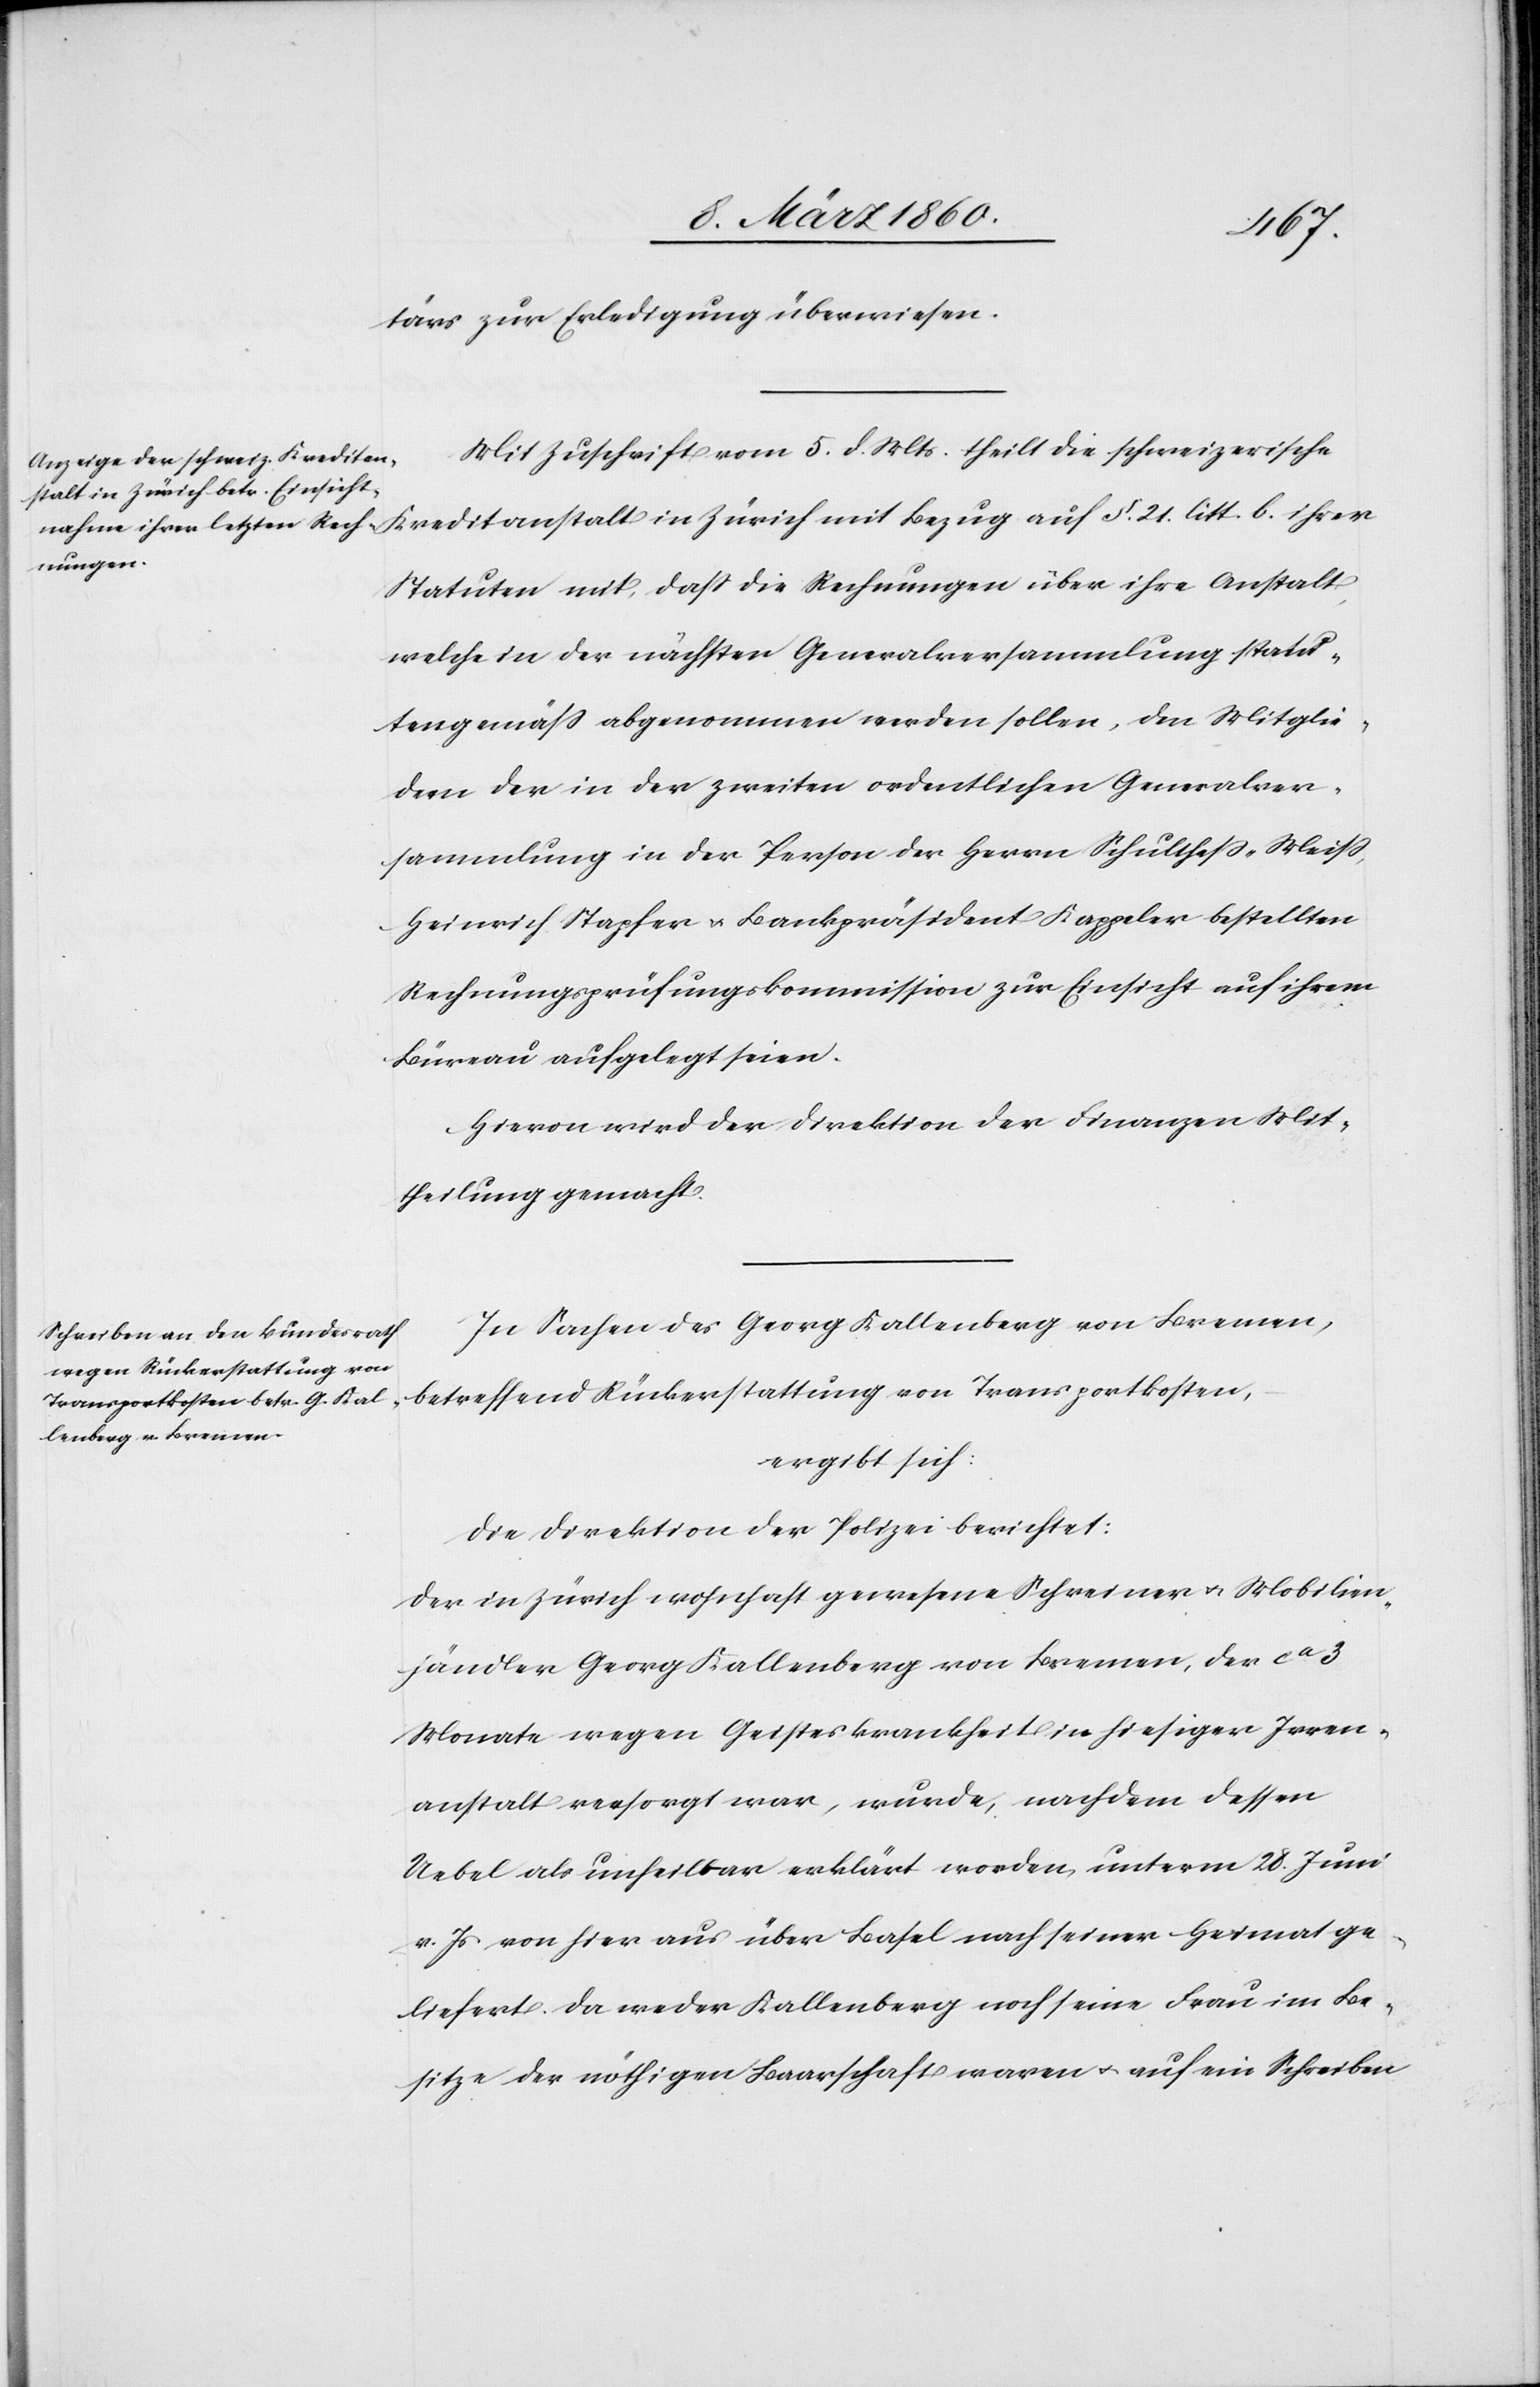
tärs zur Erledigung überwiesen.
Mit Zuschrift vom 5. d. Mts. theilt die schweizerische
Statuten mit, dass die Rechnungen über ihre Anstalt,
welche in der nächsten Generalversammlung statu¬
tengemäss abgenommen werden sollen, den Mitglie¬
dern der in der zweiten ordentlichen Generalver¬
sammlung in der Person der Herrn Schulthess-Weiss,
Heinrich Stapfer u. Bankpräsident Kappeler bestellten
Rechnungsprüfungskommission zur Einsicht auf ihrem
Büreau aufgelegt seien.
Hievon wird der Direktion der Finanzen Mit¬
theilung gemacht.
In Sachen des Georg Kallenberg von Bremen,
betreffend Rückerstattung von Transportkosten,
ergibt sich:
Die Direktion der Polizei berichtet:
Der in Zürich wohnhaft gewesene Schreiner u. Mobilien¬
händler Georg Kallenberg von Bremen, der ca 3
Monate wegen Geisteskrankheit in hiesiger Irren¬
anstalt versorgt war, wurde, nachdem dessen
Uebel als unheilbar erklärt worden, unterm 28. Juni
v. Js, von hier aus über Basel nach seiner Heimat ge¬
liefert. Da weder Kallenberg noch seine Frau im Be¬
sitze der nöthigen Baarschaft waren u. auf ein Schreiben